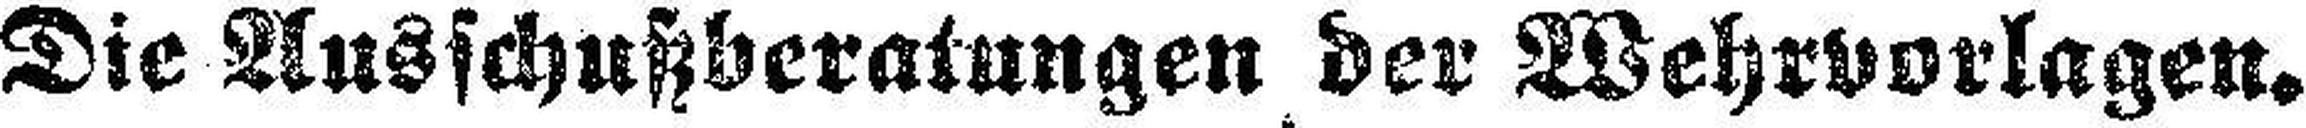
Die Ausschußberatungen der Wehrvorlagen.